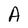
Character: A